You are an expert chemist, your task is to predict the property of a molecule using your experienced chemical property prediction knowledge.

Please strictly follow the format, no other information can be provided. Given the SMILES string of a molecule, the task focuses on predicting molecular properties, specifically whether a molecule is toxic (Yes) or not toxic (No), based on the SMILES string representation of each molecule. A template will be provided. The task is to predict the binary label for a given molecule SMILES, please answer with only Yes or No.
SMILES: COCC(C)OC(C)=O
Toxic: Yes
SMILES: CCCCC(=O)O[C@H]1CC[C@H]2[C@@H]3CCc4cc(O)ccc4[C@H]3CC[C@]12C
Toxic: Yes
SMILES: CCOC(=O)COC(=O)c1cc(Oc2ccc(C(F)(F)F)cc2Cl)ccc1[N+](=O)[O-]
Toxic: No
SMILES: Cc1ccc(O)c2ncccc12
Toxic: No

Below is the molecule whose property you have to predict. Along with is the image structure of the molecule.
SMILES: CC(CO)c1ccccc1
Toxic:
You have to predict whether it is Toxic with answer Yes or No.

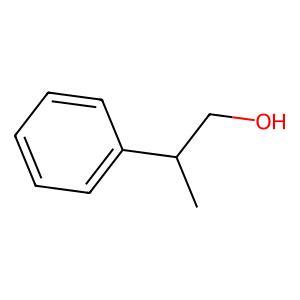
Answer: No